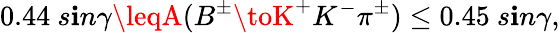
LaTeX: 0.44~s\mathbf{i}n\gamma\leqA(B^{\pm}\toK^{+}K^{-}\pi^{\pm})\leq0.45~s\mathbf{i}n\gamma,